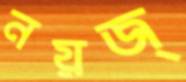
নয়জ্